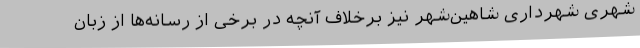
شهری شهرداری شاهین‌شهر نیز برخلاف آنچه در برخی از رسانه‌ها از زبان